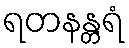
ရတနန္တရံ